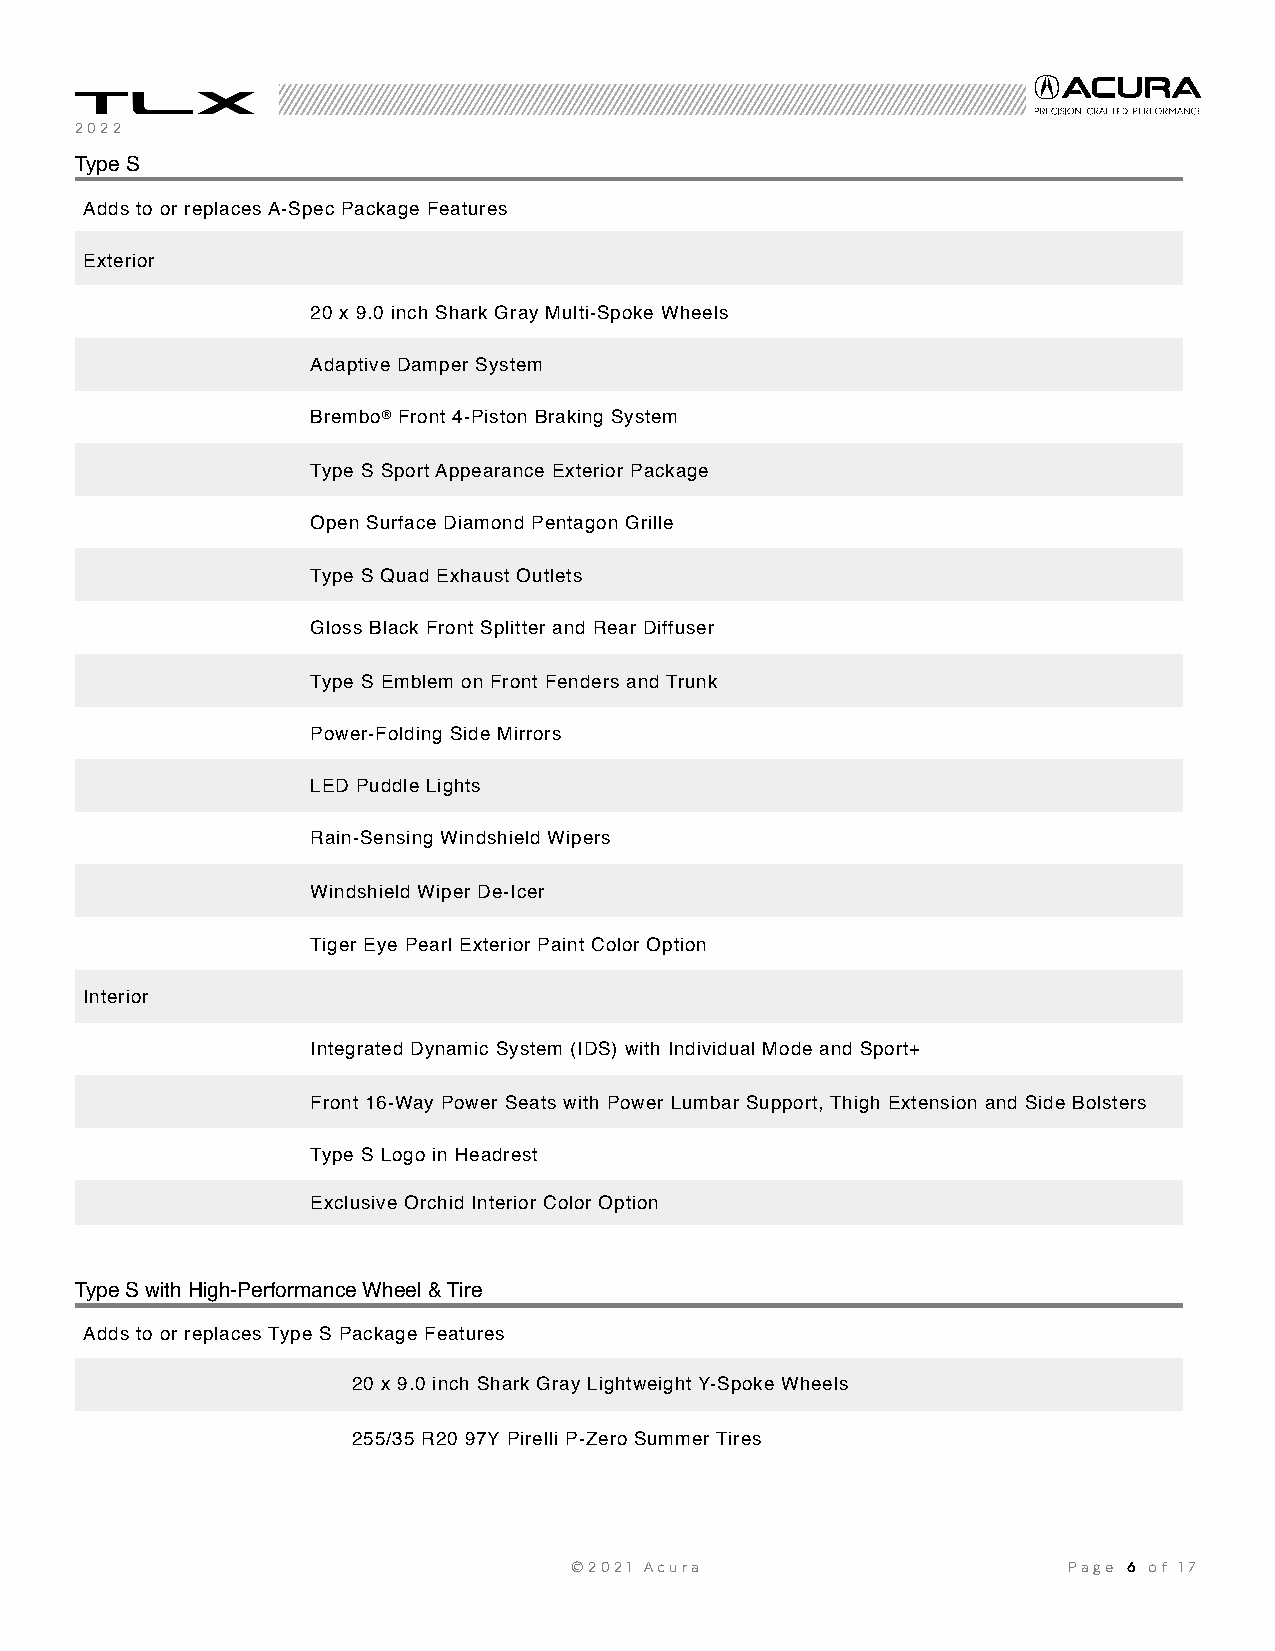
2022
 Type S
 Adds to or replaces A-Spec Package Features
 Exterior
 20 x 9.0 inch Shark Gray Multi-Spoke Wheels
 Adaptive Damper System
 Brembo® Front 4-Piston Braking System
 Type S Sport Appearance Exterior Package
 Open Surface Diamond Pentagon Grille
 Type S Quad Exhaust Outlets
 Gloss Black Front Splitter and Rear Diffuser
 Type S Emblem on Front Fenders and Trunk
 Power-Folding Side Mirrors
 LED Puddle Lights
 Rain-Sensing Windshield Wipers
 Windshield Wiper De-Icer
 Tiger Eye Pearl Exterior Paint Color Option
 Interior
 Integrated Dynamic System (IDS) with Individual Mode and Sport+
 Front 16-Way Power Seats with Power Lumbar Support, Thigh Extension and Side Bolsters
 Type S Logo in Headrest
 Exclusive Orchid Interior Color Option
 Type S with High-Performance Wheel & Tire
 Adds to or replaces Type S Package Features
 20 x 9.0 inch Shark Gray Lightweight Y-Spoke Wheels
 255/35 R20 97Y Pirelli P-Zero Summer Tires
 ©2021 Acura                      Page 6 of 1 7